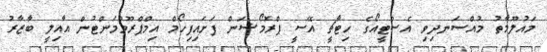
މައުލޫމާތު މުއްސަނދިވި އެސްޓީއޯގެ ހިޓާޗީ އޭސީ ޕްރޮމޯޝަން ފަށައިފިހޯމް އިމްޕްރޫވްމަންޓުން އާއިލީ ބާޒާރު